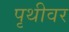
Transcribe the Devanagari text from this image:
पृथीवर